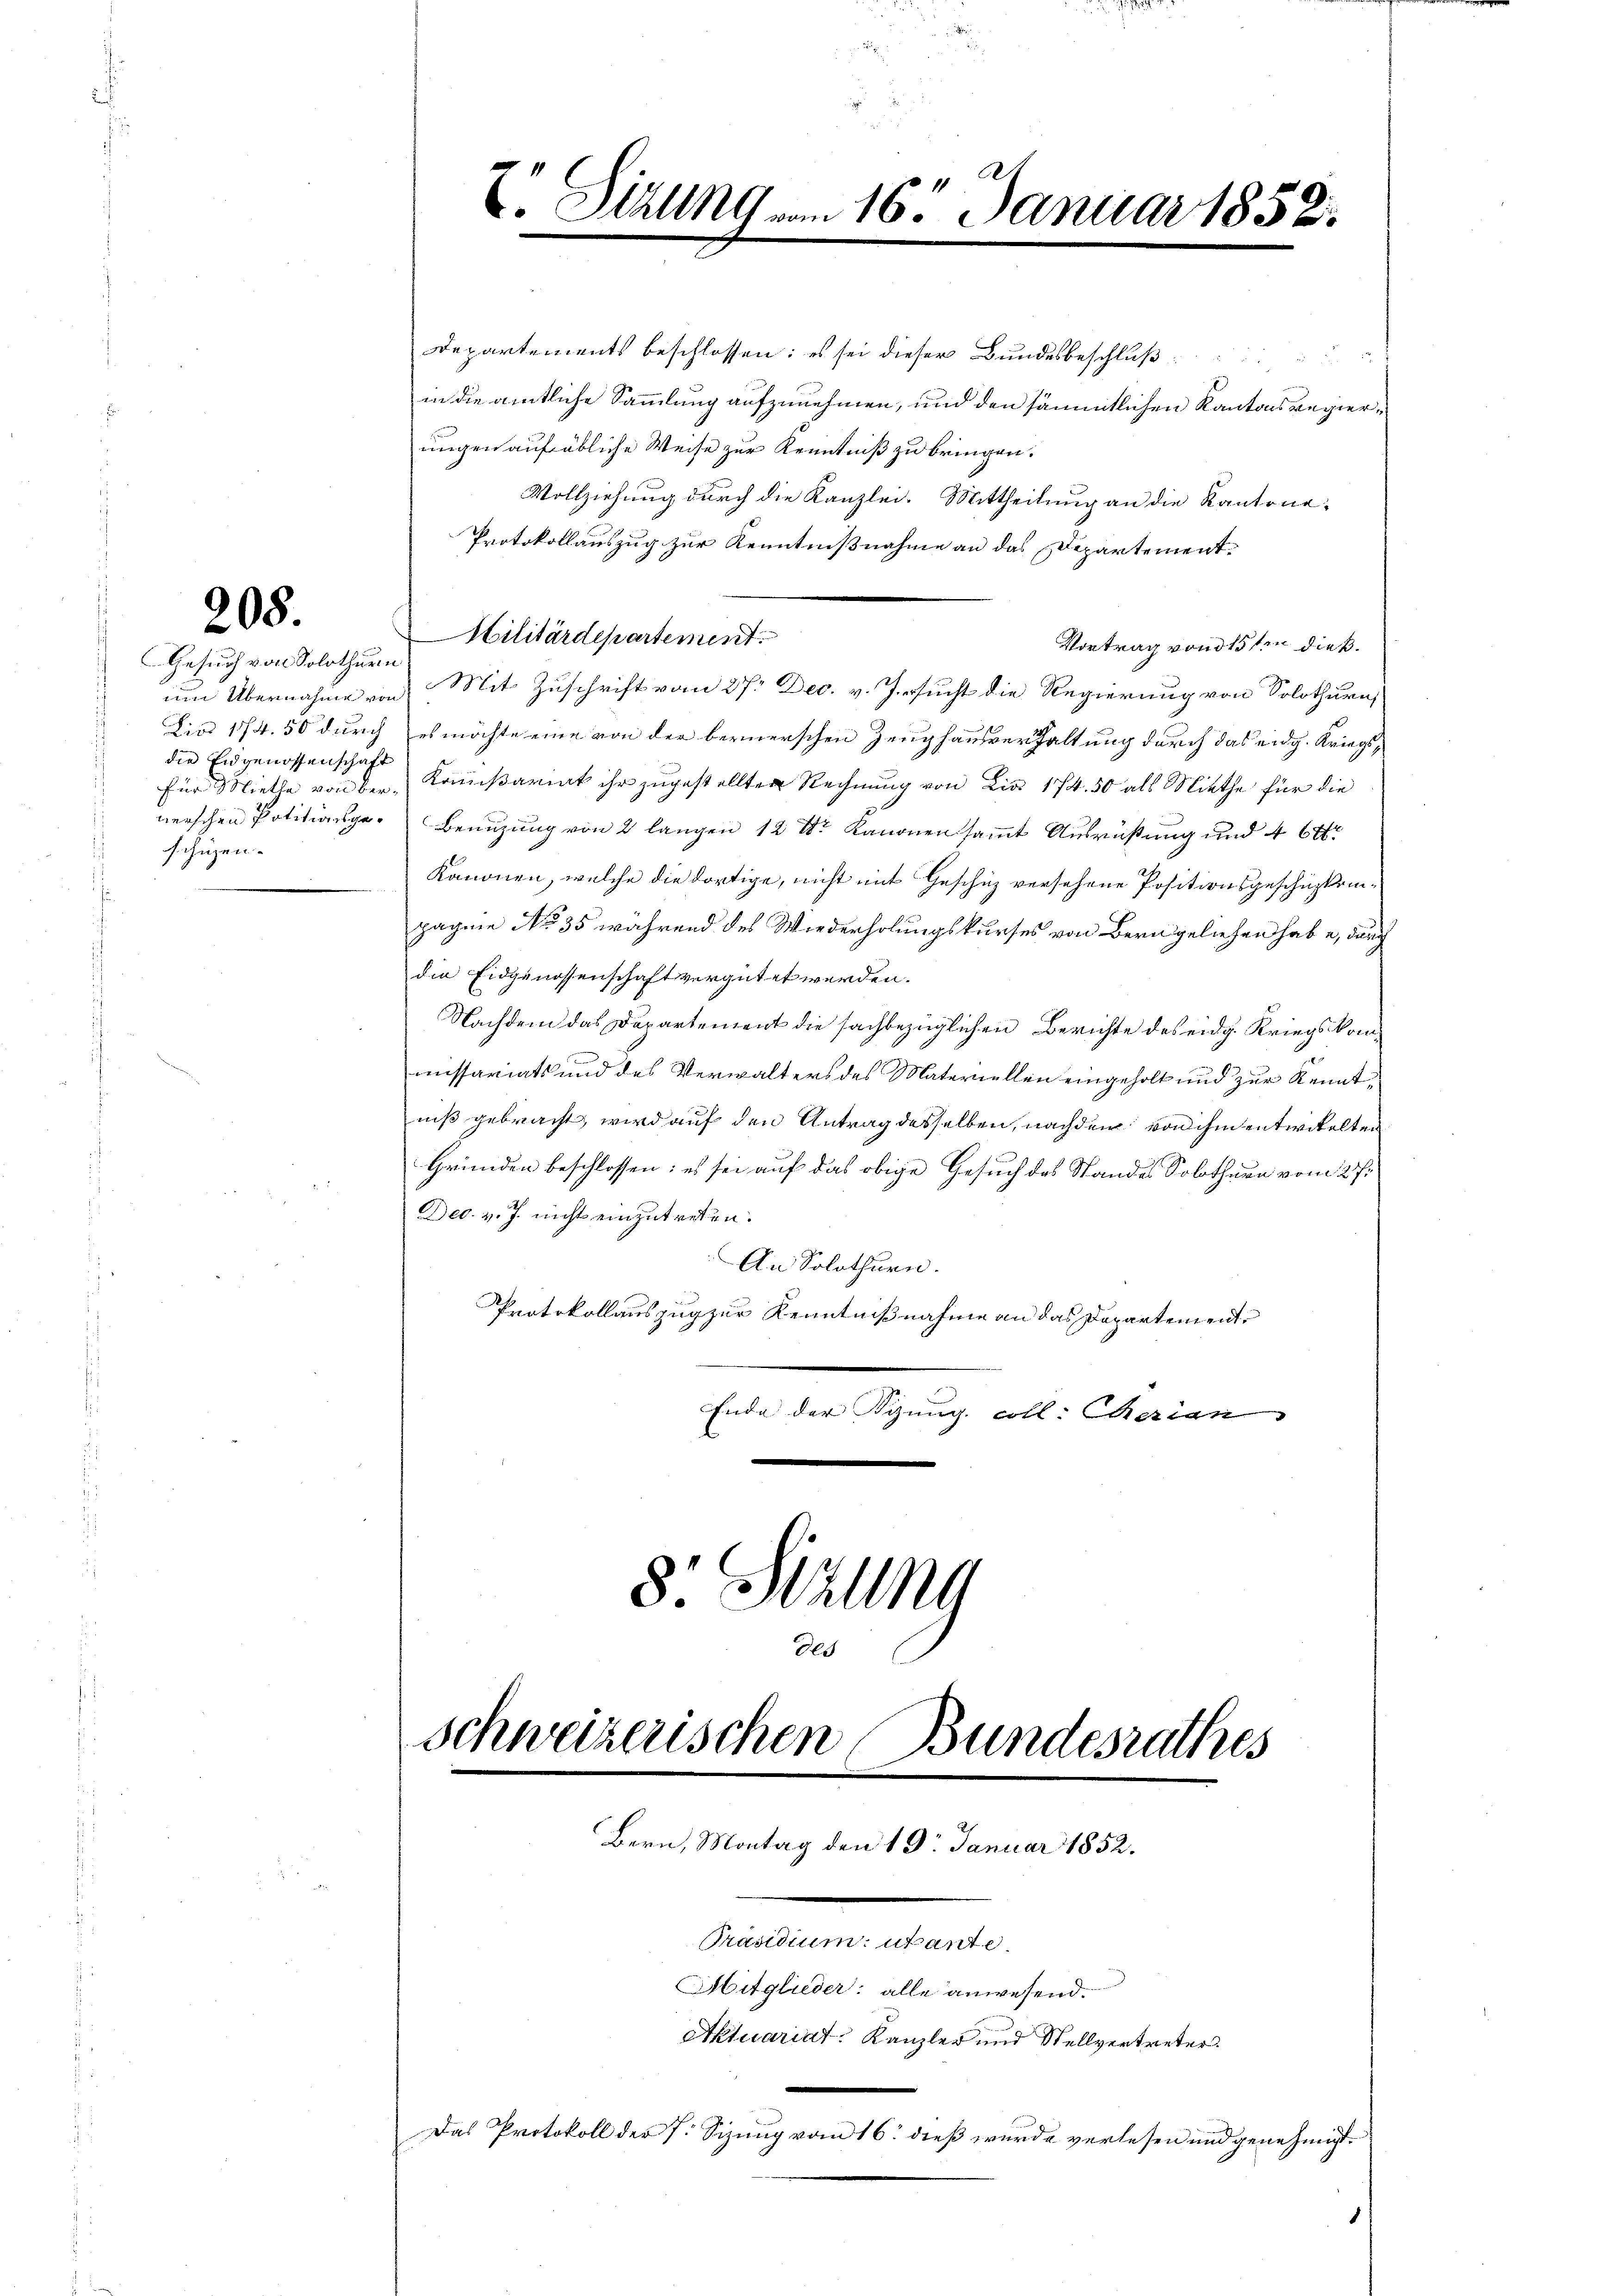
208.

Gesuch von Solothurn
die Eidgenossenschaft
schüzen.

V. Sitzung am 16. Januar 1858.

Departements beschlossen: es sei dieser Bundesbeschluß
in die amtliche Sammlung aufzunehmen, und den sämmtlichen Kantonsregierungen auf übliche Weise zur Kenntniß zu bringen.
Vollziehung durch die Kanzlei. Mittheilung an die Kantone
Protokollauszug zur Kenntnißnahme an das Departement¬
Vortrag von 15ten dießum Übernahme von Mit Zuschrift vom 27. Dec. v. Jesucht die Regierung von Solothurn,
Lio 174. 50 durch es möchte eine von der bernerschen Zeughausverhaltung durch das eidg. Kriegsfür Mielle von der Kommißariat ihr zugestellten Rechnung von Dia 174. 50 als Niethe für die
nerschen Potitionsge- Benuzung von 2 langen 12 Dr Kanonensammt Ausrüstung und 4 Ott.
Kanonen, welche die dortige, nicht mit Geschitz versehene Positionsgeschickenpagnie No 35 während des Wiederholungskurses von Bern geliehen habe, durch
die Eidgenossenschaft vergütet werden.
Nachdem das Departement die sachbezüglichen Berichte des eidg. Kriegskommissariats und des Verwalters des Materiellen eingeholt und zur Kennt,
niß gebracht, wird auf den Antrag desselben, nachdem von ihm entwickelten
Gründen beschlossen: es sei auf das obige Gesuch des Standes Solothurn vom 27.
Dec. v. J. nicht einzutreten.
An Solothurn.
Protokollauszug zur Kenntnißnahme an das Departement¬
Ende der Sizung coll. Serian
8 Sitzung
2

schweizerischen Bundesrathes
Bern, Montag den 19. Januar 1852.

Hilitärdepartement

Präsidium utante.
Mitglieder: alle anwesend.
Aktuariat. Kanzler und Stellvertreter
Das Protokoll der 7. Sizung vom 16. dieß wurde verlesen und genehmigt.